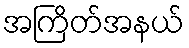
အကြိတ်အနယ်